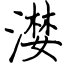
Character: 漤